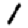
Digit: 1